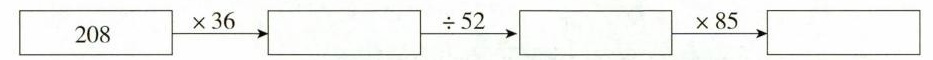
$$\boxed { 2 0 8 } \xrightarrow { \times 3 6 } \Box \xrightarrow { \div 5 2 } \Box \xrightarrow { \times 8 5 } \Box$$